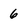
Character: 6